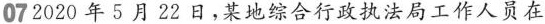
072020年5月22日，某地综合行政执法局工作人员在